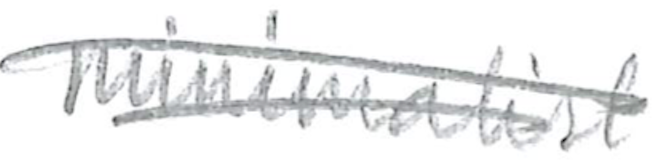
Text: similar
Cross-out: mix
Writing tool: pencil